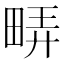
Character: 𬏇